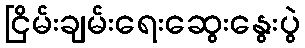
ငြိမ်းချမ်းရေးဆွေးနွေးပွဲ